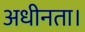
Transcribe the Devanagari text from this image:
अधीनता।